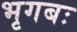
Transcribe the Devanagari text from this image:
भृगबः